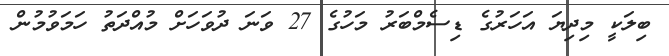
ބިލަކީ މިދިޔަ އަހަރުގެ ޑިސެމްބަރު މަހުގެ 27 ވަނަ ދުވަހަށް މުއްދަތު ހަމަވުމުން